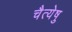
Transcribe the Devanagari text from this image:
चैत्येषु